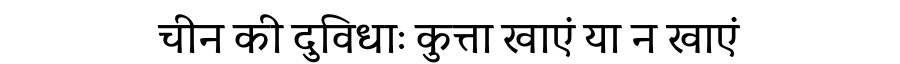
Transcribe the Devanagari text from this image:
चीन की दुविधाः कुत्ता खाएं या न खाएं